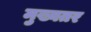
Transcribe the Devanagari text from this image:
मुख्यतर